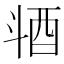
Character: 𣁹